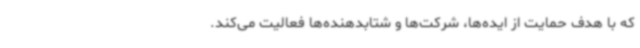
که با هدف حمایت از ایده‌ها، شرکت‌ها و شتابدهنده‌ها فعالیت می‌کند.